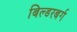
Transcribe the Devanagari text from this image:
बिल्डरबर्ग